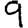
Digit: 9